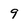
Character: 9